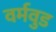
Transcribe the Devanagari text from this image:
वर्मवुड